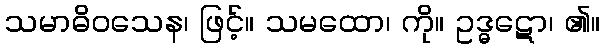
သမာဓိဝသေန၊ ဖြင့်။ သမထော၊ ကို။ ဥဒ္ဓဋော၊ ၏။